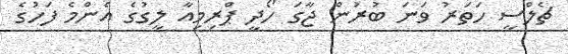
ޗެލްސީ ހަތަރު ވަނަ ބުރުން ޖާގަ ހޯދީ ޕްރިމިއާ ލީގުގެ އެންމެ ފަހުގެ